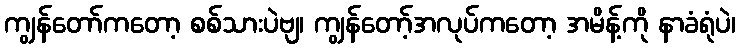
ကျွန်တော်ကတော့ စစ်သားပဲဗျ၊ ကျွန်တော့်အလုပ်ကတော့ အမိန့်ကို နာခံရုံပဲ၊